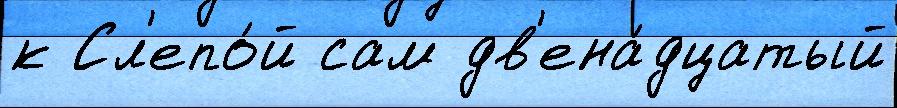
к Сл'епо́й сам дв'ена́дцатый